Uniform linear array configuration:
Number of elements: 4
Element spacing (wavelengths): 1
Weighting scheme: hamming
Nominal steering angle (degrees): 30
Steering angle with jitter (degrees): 28.167
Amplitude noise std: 0.05
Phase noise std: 0.05

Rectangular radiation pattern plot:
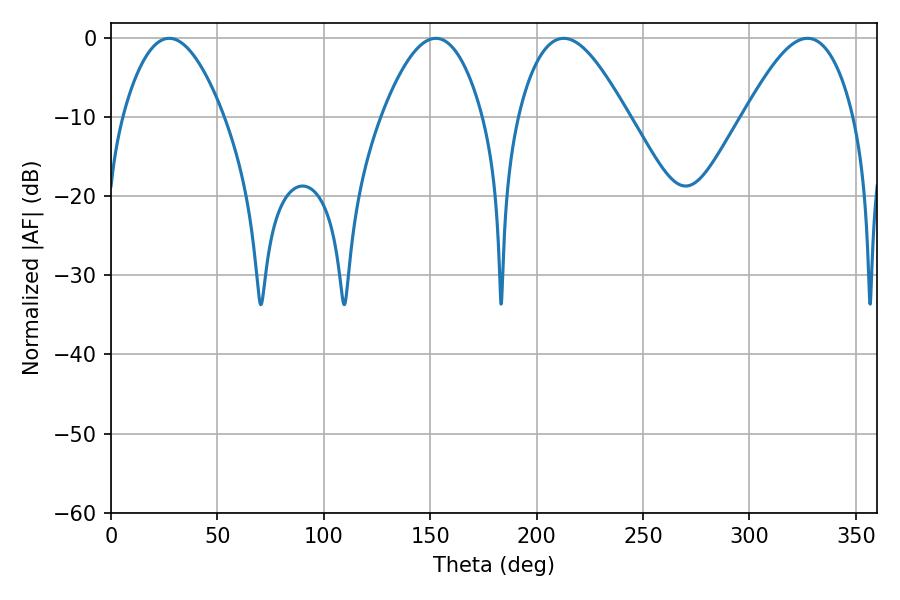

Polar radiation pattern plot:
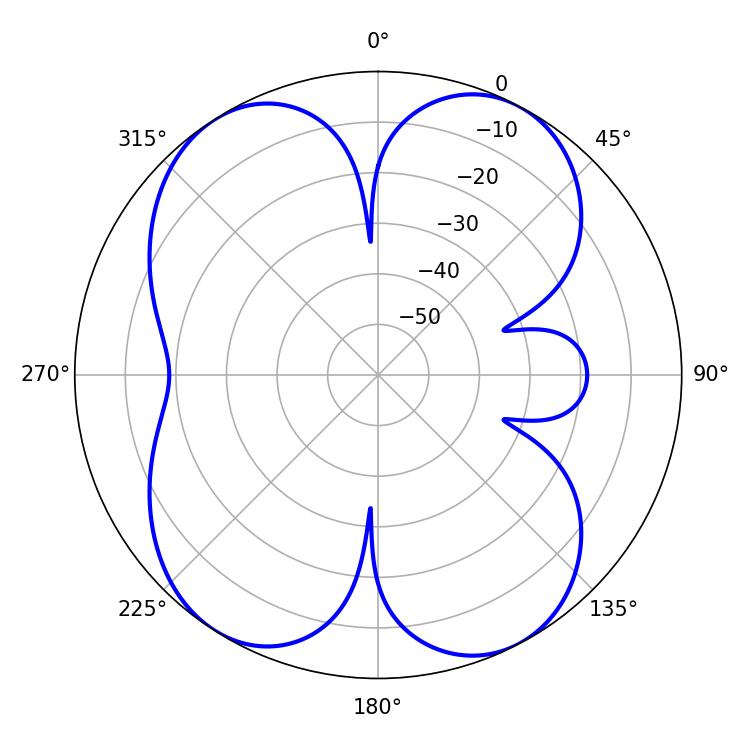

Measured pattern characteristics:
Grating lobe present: TRUE
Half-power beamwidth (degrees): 25.92
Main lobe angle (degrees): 27.36